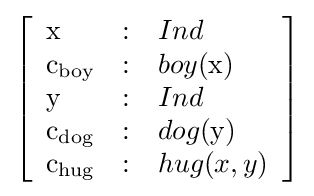
\left[{\begin{array}{lll}{\text{x}}&:&Ind\\{\text{c}}_{\text{boy}}&:&boy({\text{x}})\\{\text{y}}&:&Ind\\{\text{c}}_{\text{dog}}&:&dog({\text{y}})\\{\text{c}}_{\text{hug}}&:&hug(x,y)\end{array}}\right]